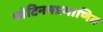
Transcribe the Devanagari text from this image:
प्लेटिनमप्रमाणित